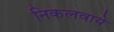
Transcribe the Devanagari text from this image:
निकलवाये